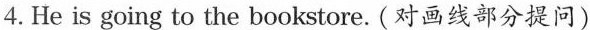
4.He is going to \underline{the bookstore}. (对画线部分提问)